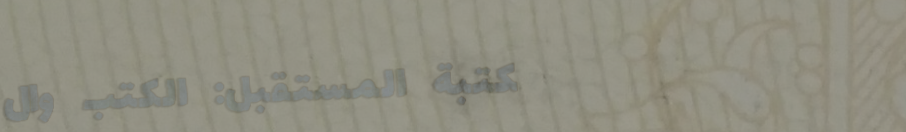
مكتبة المستقبل: الكتب وال